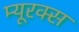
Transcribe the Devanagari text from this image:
म्यूरक्स